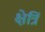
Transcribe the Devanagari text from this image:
क्षेत्रिं